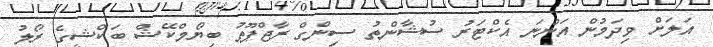
އަލަށް ވިދަމުން އަންނަ އެކްޓަރު ސުޝާންތު ސިންގް ރާޖްޕޫތު ބިޔޯމްކޭޝް ބަކްޝީގެ ރޯލު